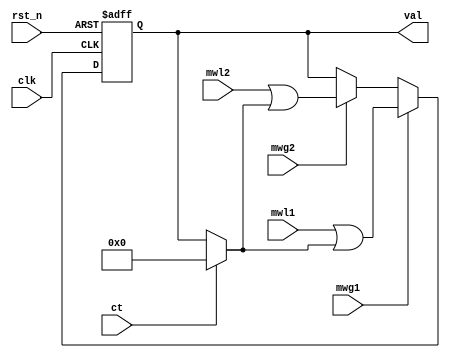
module register2(
    input wire clk,
    input wire rst_n,
    input wire ct,
    input wire mwg1,
    input wire [WIDTH:1] mwl1,
    input wire mwg2,
    input wire [WIDTH:1] mwl2,
    output reg [WIDTH:1] val
);

parameter WIDTH = 16;

always @(posedge clk or negedge rst_n) begin
    if (~rst_n) begin
        val <= {WIDTH{1'b0}};
    end else if (mwg1) begin
        val <= mwl1 | (ct ? {WIDTH{1'b0}} : val);
    end else if (mwg2) begin
        val <= mwl2 | (ct ? {WIDTH{1'b0}} : val);
    end
end

endmodule